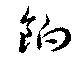
餉